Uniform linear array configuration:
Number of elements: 12
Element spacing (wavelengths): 1
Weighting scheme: hamming
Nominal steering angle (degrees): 60
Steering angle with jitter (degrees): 59.19
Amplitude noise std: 0.05
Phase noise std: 0.05

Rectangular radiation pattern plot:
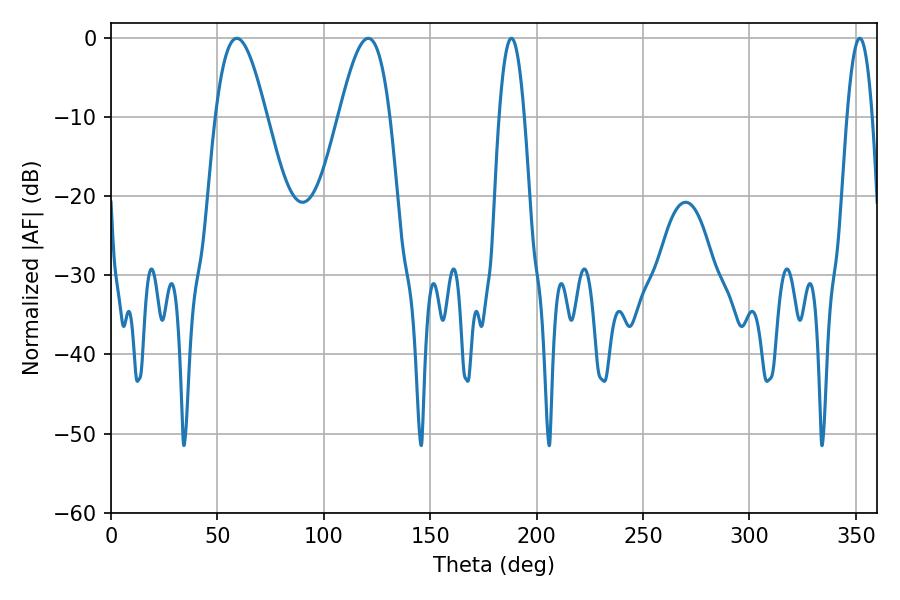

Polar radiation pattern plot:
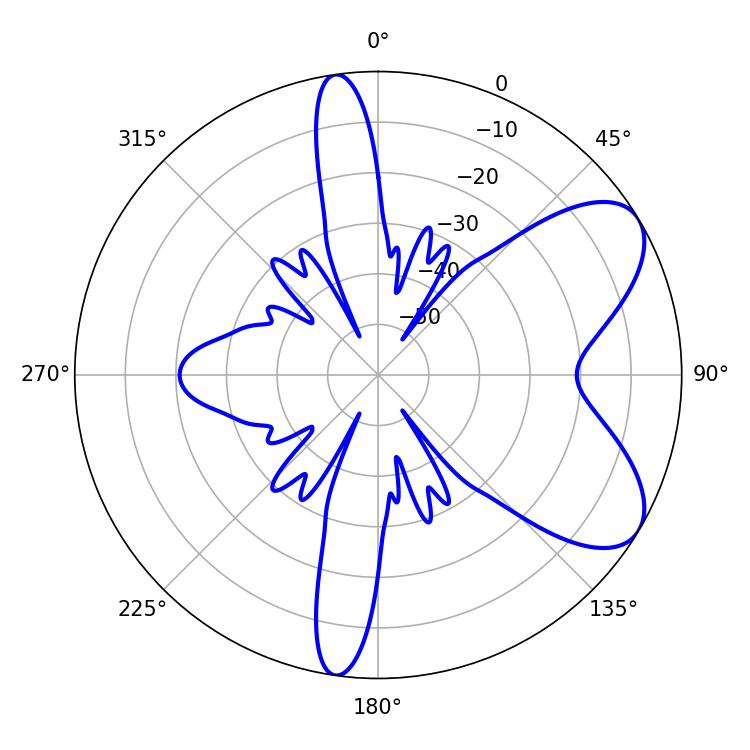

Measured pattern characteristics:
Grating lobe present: TRUE
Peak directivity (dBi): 7.056
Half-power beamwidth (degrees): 12.96
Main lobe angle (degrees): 59.04